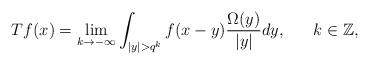
LaTeX: \begin{align*} Tf(x) = \lim\limits_{k \to -\infty} \int_{|y| > q^{k}} f(x-y) \dfrac{\Omega(y)}{|y|} dy,~~~~ ~ k \in \mathbb{Z},\end{align*}